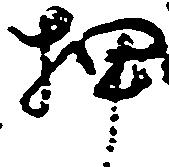
押